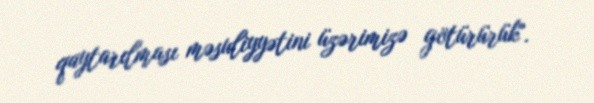
qaytarılması məsuliyyətini üzərimizə götürürük".